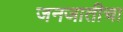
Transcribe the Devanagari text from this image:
जनजातीचा